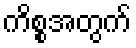
ကိစ္စအတွက်